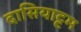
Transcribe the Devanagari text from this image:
दासियाट्टम